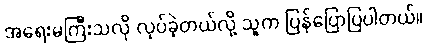
အရေးမကြီးသလို လုပ်ခဲ့တယ်လို့ သူက ပြန်ပြောပြပါတယ်။